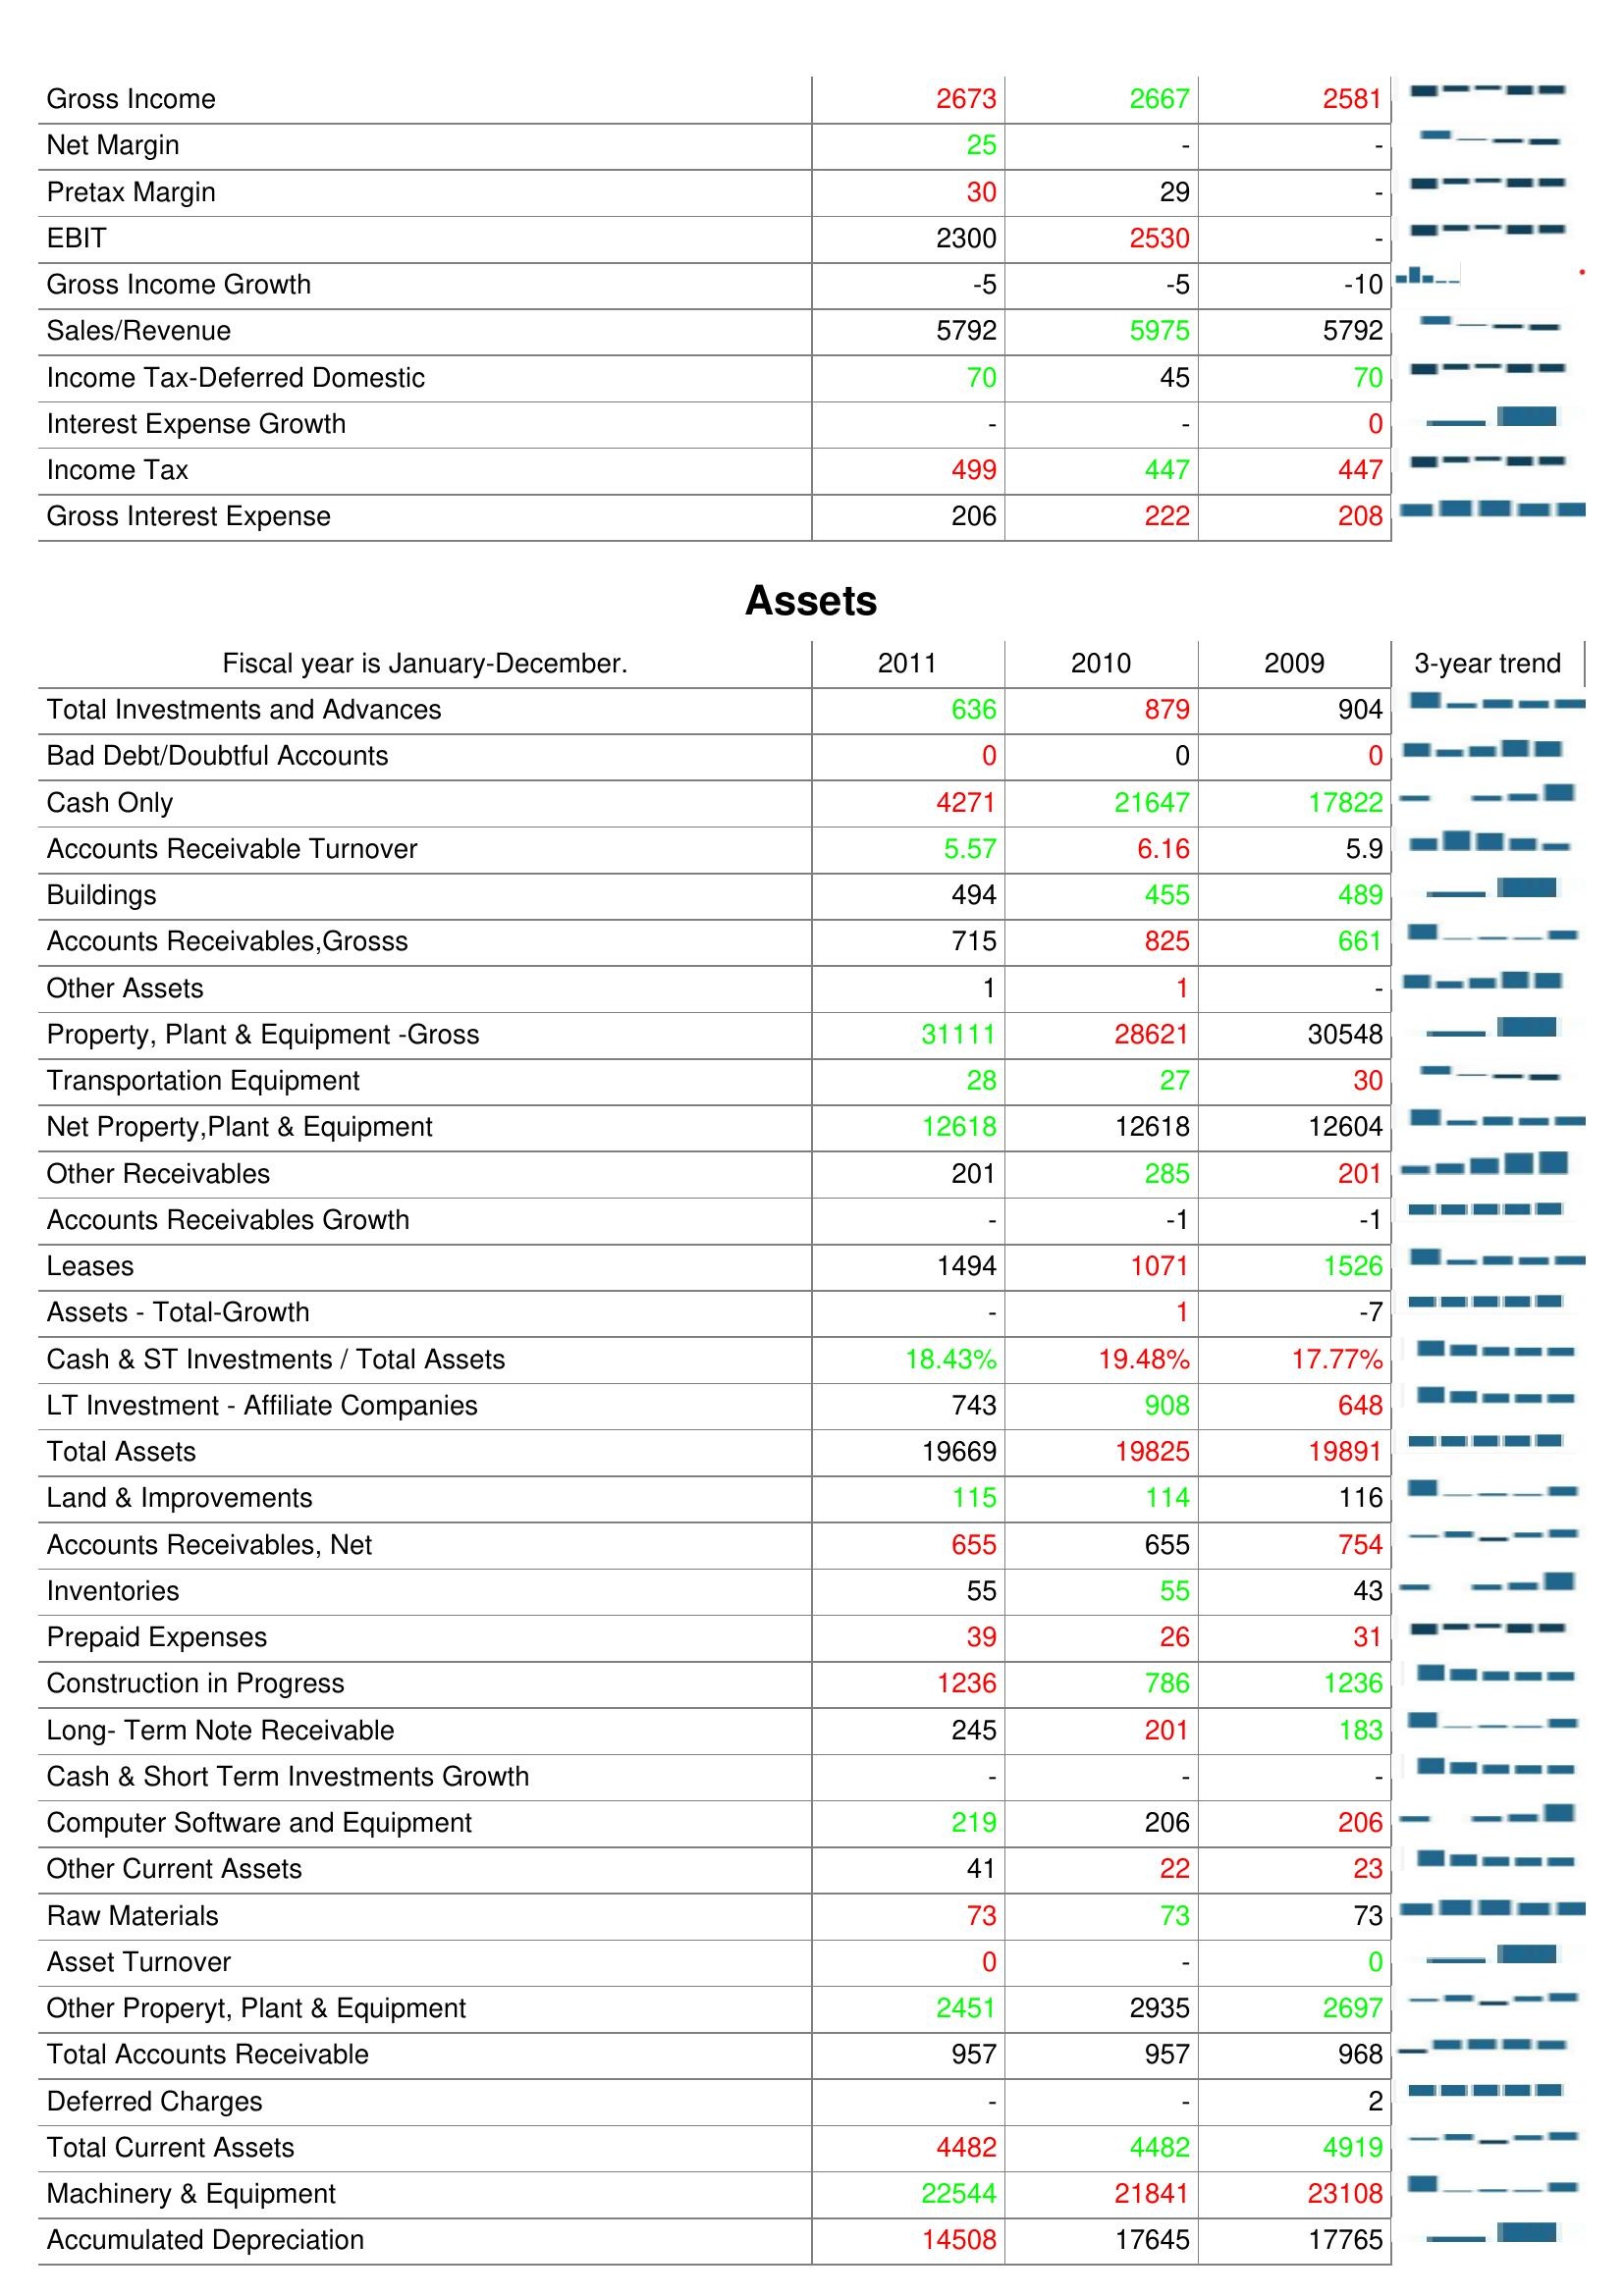
2011: : Gross Income: 2673
Net Margin: 25
Pretax Margin: 30
EBIT: 2300
Gross Income Growth: -5
Sales/Revenue: 5792
Income Tax-Deferred Domestic: 70
Interest Expense Growth: -
Income Tax: 499
Gross Interest Expense: 206
Assets: Total Investments and Advances: 636
Bad Debt/Doubtful Accounts: 0
Cash Only: 4271
Accounts Receivable Turnover: 5.57
Buildings: 494
Accounts Receivables,Grosss: 715
Other Assets: 1
Property, Plant & Equipment -Gross: 31111
Transportation Equipment: 28
Net Property,Plant & Equipment: 12618
Other Receivables: 201
Accounts Receivables Growth: -
Leases: 1494
Assets - Total-Growth: -
Cash & ST Investments / Total Assets: 18.43%
LT Investment - Affiliate Companies: 743
Total Assets: 19669
Land & Improvements: 115
Accounts Receivables, Net: 655
Inventories: 55
Prepaid Expenses: 39
Construction in Progress: 1236
Long- Term Note Receivable: 245
Cash & Short Term Investments Growth: -
Computer Software and Equipment: 219
Other Current Assets: 41
Raw Materials: 73
Asset Turnover: 0
Other Properyt, Plant & Equipment: 2451
Total Accounts Receivable: 957
Deferred Charges: -
Total Current Assets: 4482
Machinery & Equipment: 22544
Accumulated Depreciation: 14508
2010: : Gross Income: 2667
Net Margin: -
Pretax Margin: 29
EBIT: 2530
Gross Income Growth: -5
Sales/Revenue: 5975
Income Tax-Deferred Domestic: 45
Interest Expense Growth: -
Income Tax: 447
Gross Interest Expense: 222
Assets: Total Investments and Advances: 879
Bad Debt/Doubtful Accounts: 0
Cash Only: 21647
Accounts Receivable Turnover: 6.16
Buildings: 455
Accounts Receivables,Grosss: 825
Other Assets: 1
Property, Plant & Equipment -Gross: 28621
Transportation Equipment: 27
Net Property,Plant & Equipment: 12618
Other Receivables: 285
Accounts Receivables Growth: -1
Leases: 1071
Assets - Total-Growth: 1
Cash & ST Investments / Total Assets: 19.48%
LT Investment - Affiliate Companies: 908
Total Assets: 19825
Land & Improvements: 114
Accounts Receivables, Net: 655
Inventories: 55
Prepaid Expenses: 26
Construction in Progress: 786
Long- Term Note Receivable: 201
Cash & Short Term Investments Growth: -
Computer Software and Equipment: 206
Other Current Assets: 22
Raw Materials: 73
Asset Turnover: -
Other Properyt, Plant & Equipment: 2935
Total Accounts Receivable: 957
Deferred Charges: -
Total Current Assets: 4482
Machinery & Equipment: 21841
Accumulated Depreciation: 17645
2009: : Gross Income: 2581
Net Margin: -
Pretax Margin: -
EBIT: -
Gross Income Growth: -10
Sales/Revenue: 5792
Income Tax-Deferred Domestic: 70
Interest Expense Growth: 0
Income Tax: 447
Gross Interest Expense: 208
Assets: Total Investments and Advances: 904
Bad Debt/Doubtful Accounts: 0
Cash Only: 17822
Accounts Receivable Turnover: 5.9
Buildings: 489
Accounts Receivables,Grosss: 661
Other Assets: -
Property, Plant & Equipment -Gross: 30548
Transportation Equipment: 30
Net Property,Plant & Equipment: 12604
Other Receivables: 201
Accounts Receivables Growth: -1
Leases: 1526
Assets - Total-Growth: -7
Cash & ST Investments / Total Assets: 17.77%
LT Investment - Affiliate Companies: 648
Total Assets: 19891
Land & Improvements: 116
Accounts Receivables, Net: 754
Inventories: 43
Prepaid Expenses: 31
Construction in Progress: 1236
Long- Term Note Receivable: 183
Cash & Short Term Investments Growth: -
Computer Software and Equipment: 206
Other Current Assets: 23
Raw Materials: 73
Asset Turnover: 0
Other Properyt, Plant & Equipment: 2697
Total Accounts Receivable: 968
Deferred Charges: 2
Total Current Assets: 4919
Machinery & Equipment: 23108
Accumulated Depreciation: 17765